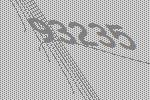
93235